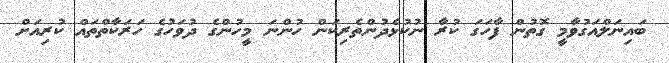
ބައިނަލްއަގުވާމީ ގޮތުން ފާހަގަ ކުރާ ނުކުޅެދުންތެރިކަން ހުންނަ މީހުންގެ ދުވަހުގެ ހަރަކާތްތައް ކުރިއަށް